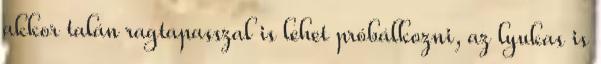
akkor talán ragtapasszal is lehet próbálkozni, az lyukas is